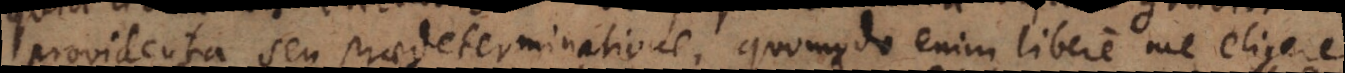
providentia seu praedeterminatione, quomodo enim libere me aliquid